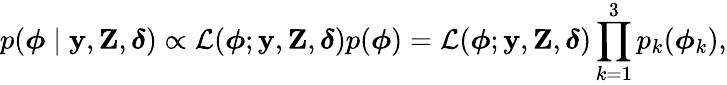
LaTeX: p(\boldsymbol{\phi}\mid\mathbf{y},\mathbf{Z},\boldsymbol{\delta})\propto\mathcal{L}(\boldsymbol{\phi};\mathbf{y},\mathbf{Z},\boldsymbol{\delta})p(\boldsymbol{\phi})=\mathcal{L}(\boldsymbol{\phi};\mathbf{y},\mathbf{Z},\boldsymbol{\delta})\prod_{k=1}^{3}p_{k}(\boldsymbol{\phi}_{k}),